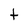
Character: t